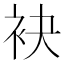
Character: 袂